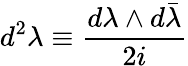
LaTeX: d^{2}\lambda\equiv\frac{d\lambda\wedge d\bar{\lambda}}{2i}